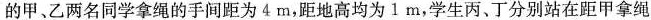
的甲、乙两名同学拿绳的手间距为 4 m，距地高均为 1 m，学生丙、丁分别站在距甲拿绳